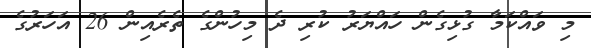
މި ވައްކަމާ ގުޅިގެން ހައްޔަރު ކުރި ދެ މިހުންގެ ތެރެއިން 26 އަހަރުގެ